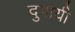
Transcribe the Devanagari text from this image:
दुपायी